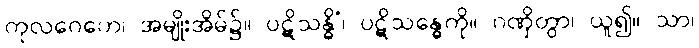
ကုလဂေဟေ၊ အမျိုးအိမ်၌။ ပဋိသန္ဓိံ၊ ပဋိသန္ဓေကို။ ဂဏှိတွာ၊ ယူ၍။ သာ၊